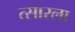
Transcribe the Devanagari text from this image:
त्सारला